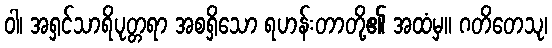
ဝါ၊ အရှင်သာရိပုတ္တရာ အစရှိသော ရဟန်းတာတို့၏ အထံမှ။ ဂတိတေသု၊